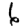
Digit: 6